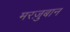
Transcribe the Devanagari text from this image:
मरज़ुबान